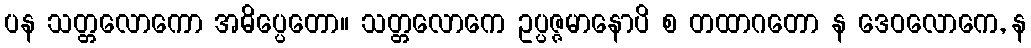
ပန သတ္တလောကော အဓိပ္ပေတော။ သတ္တလောကေ ဥပ္ပဇ္ဇမာနောပိ စ တထာဂတော န ဒေဝလောကေ, န